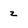
Character: z